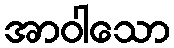
အာဝါသော